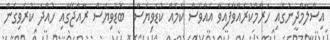
އިސްލާމްދީނުގައި ހަރާމްކުރައްވާފައިވާ އެއްވެސް ކަމެއް ކުޑަވިޔަސް  ބޮޑުވިޔަސް ރާއްޖޭގައި ހުއްދަ ކުރެވިގެން